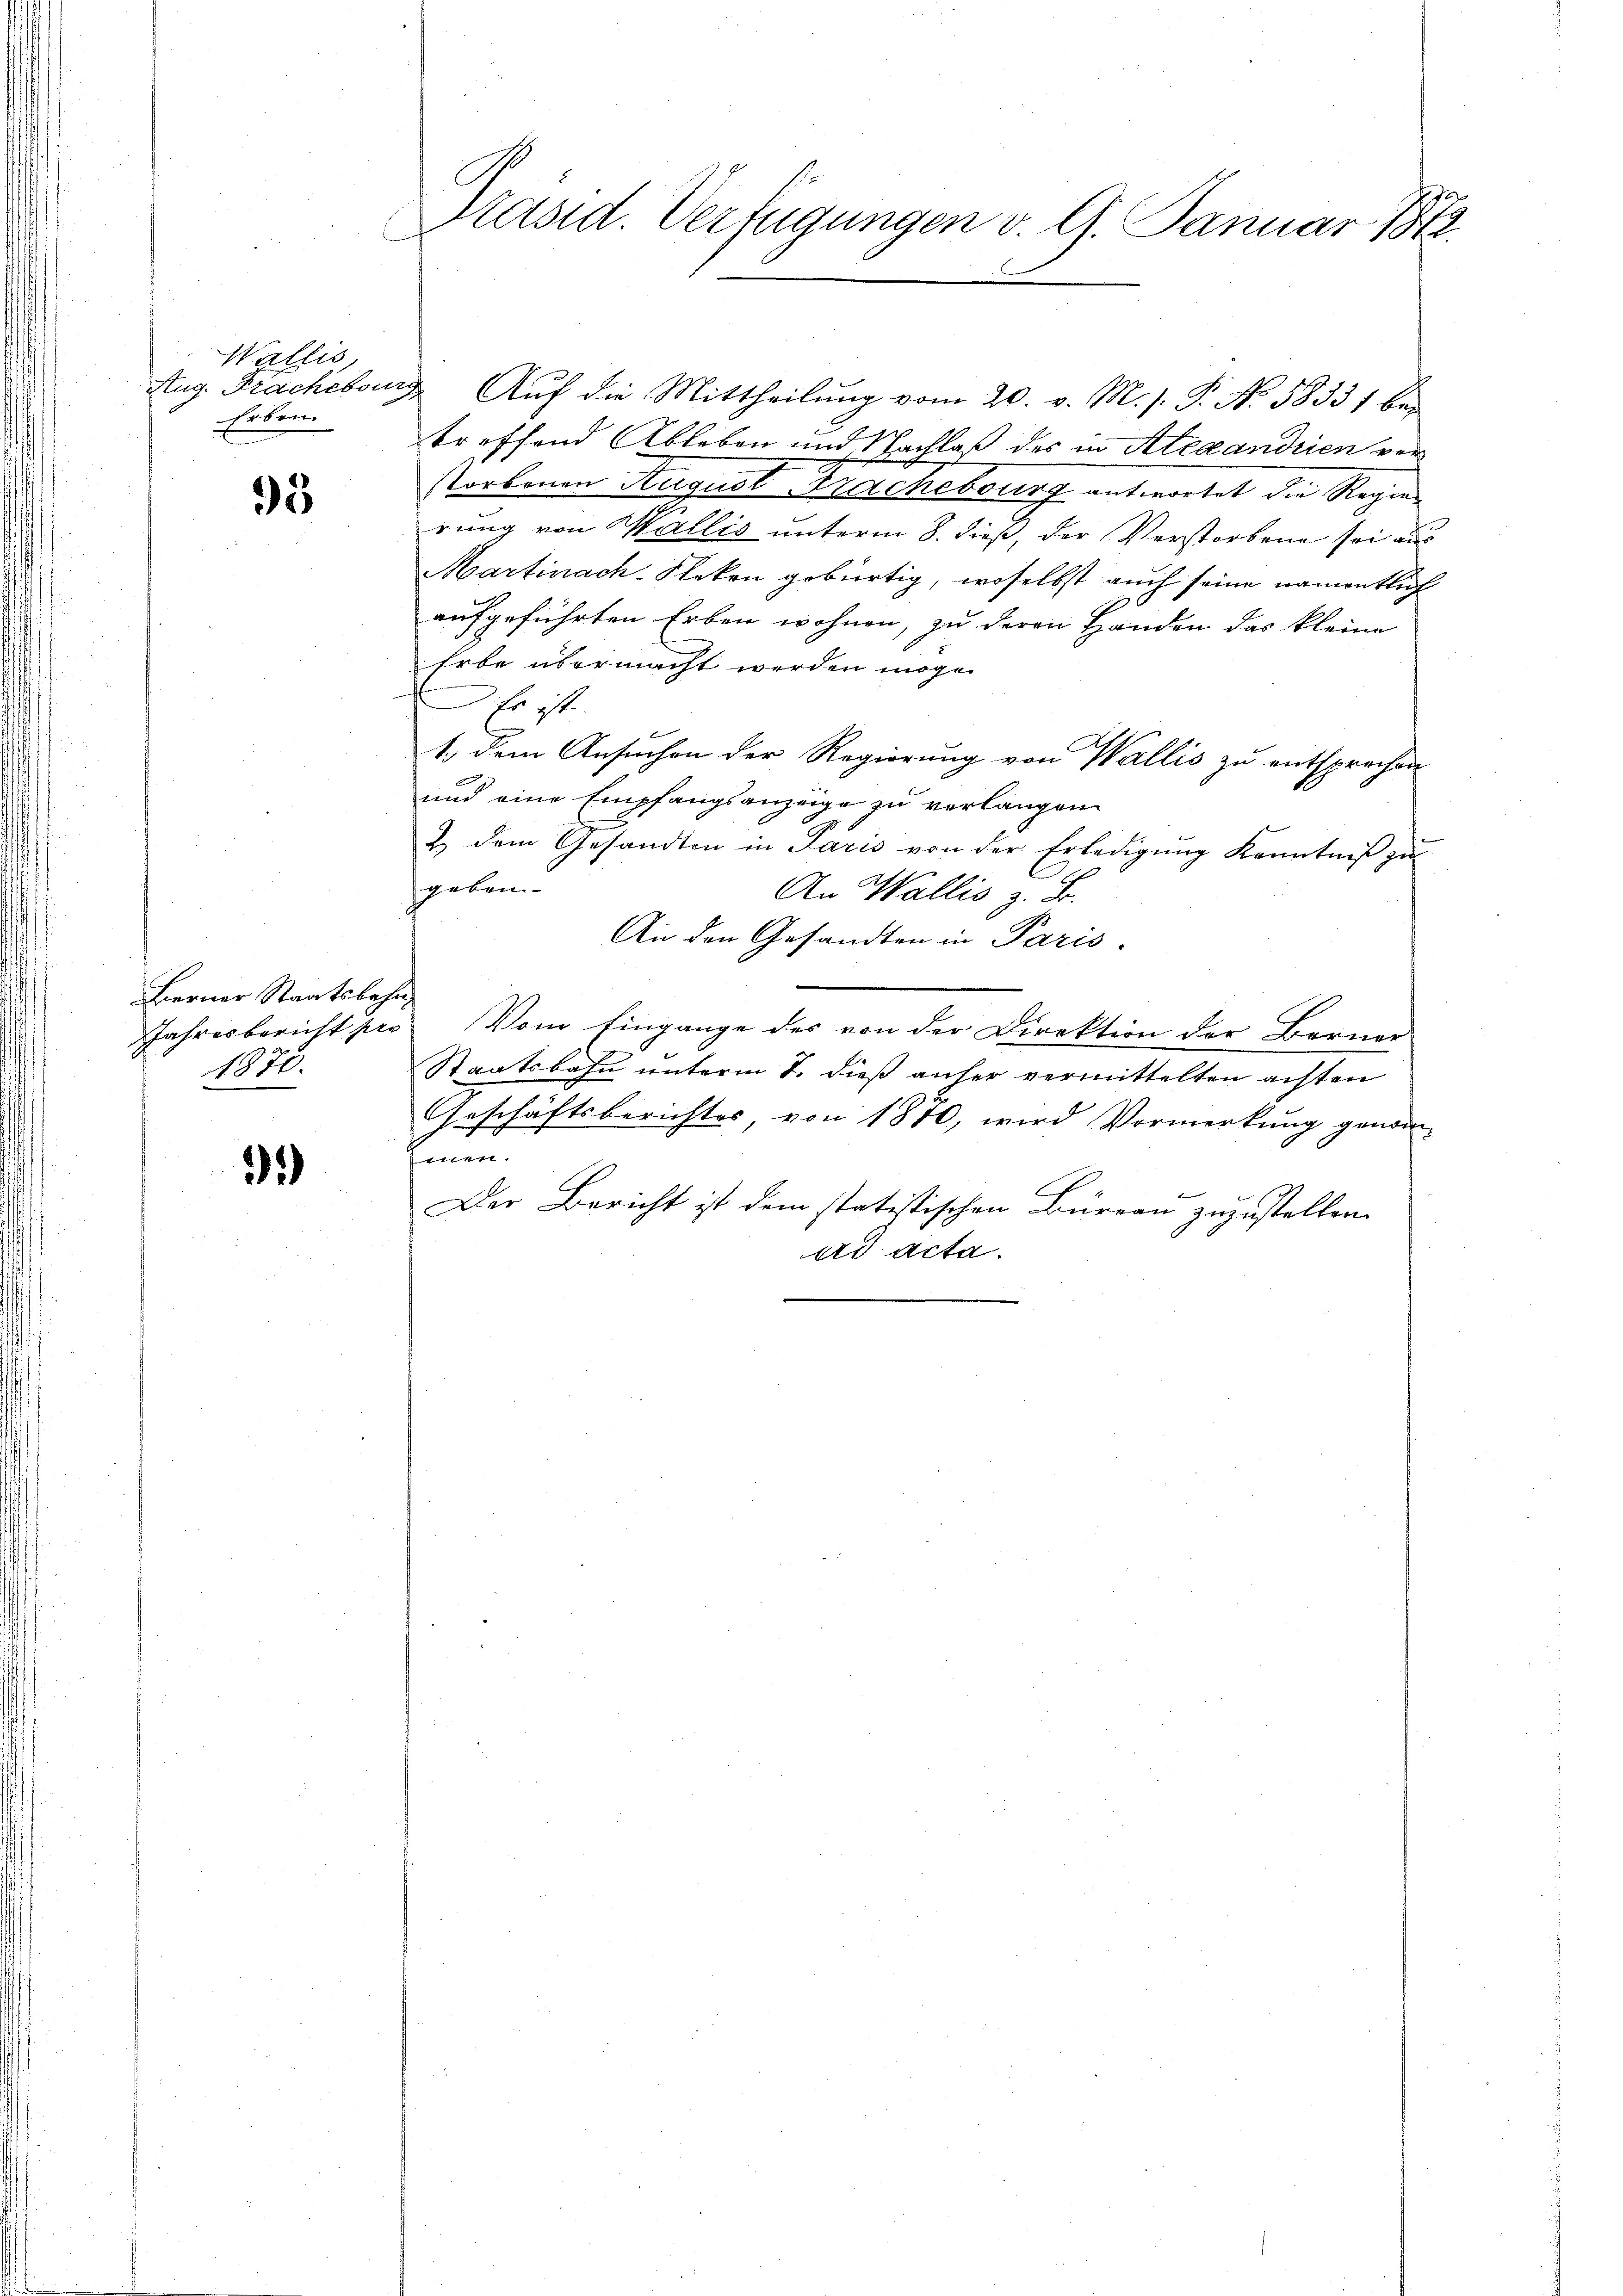
Wallis,
Erben

93

Berner Staatsbahn,
1870.

31)

Präsid. Verfügungen v. 9. Januar 184

Aug. Frachebung Auf die Mittheilung vom 20. v. M. s. P. No. 58337 bei
treffend Ableben und Nachlaß des in Alexandrien verstorbenen August Frachebourg antwortet die Regie-
rung von Wallis unterm 8. dieß, der Verstorbene sei aus
Martinach-Kleken gebürtig, woselbst auch seine namentlich
aufgeführten Erben wohnen, zu deren Handen das kleine
Erbe übermacht werden möge.
Er ist
1. Dem Ansuchen der Regierung von Wallis zu entsprechen
und eine Empfangsanzeige zu verlangen
2. dem Gesandten in Paris von der Erledigŭng Kenntniß zu
gebon-
An Wallis z. Fr.
An den Gesandten in Paris.
Jahresbericht pro Vom Eingange des von der Direktion der Berner
Staatsbahn unterm 7. dieß anher vermittelten achten
Geschäftsberichtes, von 1870, wird Vormerkung genom-
Amen.
Der Bericht ist dem statistischen Büreau zuzustellen.
ad Acta.